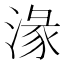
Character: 湪